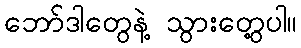
ဘော်ဒါတွေနဲ့ သွားတွေ့ပါ။